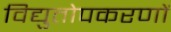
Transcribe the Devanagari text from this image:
विद्युतोपकरणों